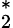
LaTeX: ^{\ast}_{2}